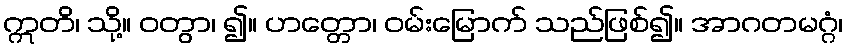
ဣတိ၊ သို့။ ဝတွာ၊ ၍။ ဟတ္တော၊ ဝမ်းမြောက် သည်ဖြစ်၍။ အာဂတမဂ္ဂံ၊